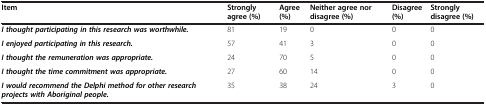
<table><thead><tr><td><b>Item</b></td><td><b>Strongly agree (%)</b></td><td><b>Agree (%)</b></td><td><b>Neither agree nor disagree (%)</b></td><td><b>Disagree (%)</b></td><td><b>Strongly disagree (%)</b></td></tr></thead><tbody><tr><td><b><i>I thought participating in this research was worthwhile.</i></b></td><td>81</td><td>19</td><td>0</td><td>0</td><td>0</td></tr><tr><td><b><i>I enjoyed participating in this research.</i></b></td><td>57</td><td>41</td><td>3</td><td>0</td><td>0</td></tr><tr><td><b><i>I thought the remuneration was appropriate.</i></b></td><td>24</td><td>70</td><td>5</td><td>0</td><td>0</td></tr><tr><td><b><i>I thought the time commitment was appropriate.</i></b></td><td>27</td><td>60</td><td>14</td><td>0</td><td>0</td></tr><tr><td><b><i>I would recommend the Delphi method for other research projects with Aboriginal people.</i></b></td><td>35</td><td>38</td><td>24</td><td>3</td><td>0</td></tr></tbody></table>